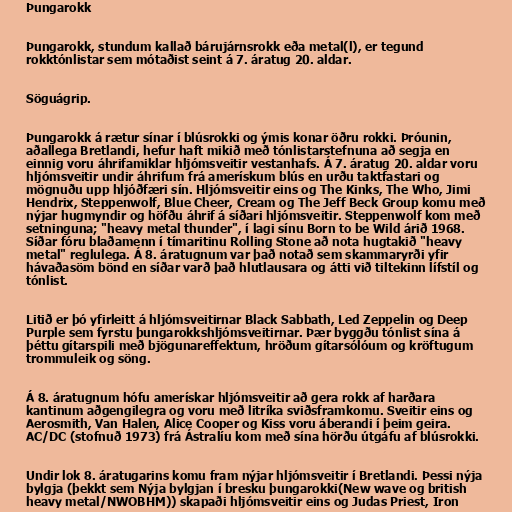
Þungarokk

Þungarokk, stundum kallað bárujárnsrokk eða metal(l), er tegund
rokktónlistar sem mótaðist seint á 7. áratug 20. aldar.

Söguágrip.

Þungarokk á rætur sínar í blúsrokki og ýmis konar öðru rokki. Þróunin,
aðallega Bretlandi, hefur haft mikið með tónlistarstefnuna að segja en
einnig voru áhrifamiklar hljómsveitir vestanhafs. Á 7. áratug 20. aldar voru
hljómsveitir undir áhrifum frá amerískum blús en urðu taktfastari og
mögnuðu upp hljóðfæri sín. Hljómsveitir eins og The Kinks, The Who, Jimi
Hendrix, Steppenwolf, Blue Cheer, Cream og The Jeff Beck Group komu með
nýjar hugmyndir og höfðu áhrif á síðari hljómsveitir. Steppenwolf kom með
setninguna; "heavy metal thunder", í lagi sínu Born to be Wild árið 1968.
Síðar fóru blaðamenn í tímaritinu Rolling Stone að nota hugtakið "heavy
metal" reglulega. Á 8. áratugnum var það notað sem skammaryrði yfir
hávaðasöm bönd en síðar varð það hlutlausara og átti við tiltekinn lífstíl og
tónlist.

Litið er þó yfirleitt á hljómsveitirnar Black Sabbath, Led Zeppelin og Deep
Purple sem fyrstu þungarokkshljómsveitirnar. Þær byggðu tónlist sína á
þéttu gítarspili með bjögunareffektum, hröðum gítarsólóum og kröftugum
trommuleik og söng.

Á 8. áratugnum hófu amerískar hljómsveitir að gera rokk af harðara
kantinum aðgengilegra og voru með litríka sviðsframkomu. Sveitir eins og
Aerosmith, Van Halen, Alice Cooper og Kiss voru áberandi í þeim geira.
AC/DC (stofnuð 1973) frá Ástralíu kom með sína hörðu útgáfu af blúsrokki.

Undir lok 8. áratugarins komu fram nýjar hljómsveitir í Bretlandi. Þessi nýja
bylgja (þekkt sem Nýja bylgjan í bresku þungarokki(New wave og british
heavy metal/NWOBHM)) skapaði hljómsveitir eins og Judas Priest, Iron